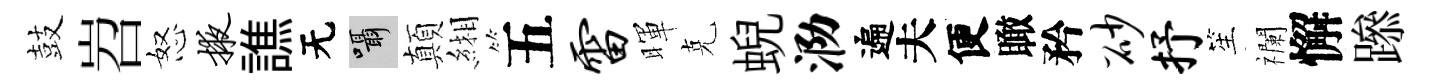
鼓岧怒掖譙无囁顛緗五雷暉克蜺泐遍夫便瞰矜砂抒笙襴懈𨅶